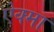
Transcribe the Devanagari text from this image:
ऐक्मा